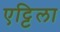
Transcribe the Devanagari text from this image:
एट्टिला